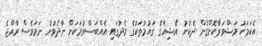
އެކަމަކު މަޝްވަރާކޮށްގެން ދެކުނު އޭޝިއާގެ ގައުމުތަކުގެ މެދުގައި އެއްބަސްވުމަކަށް ނާދެވުނު ނަމަވެސް ރާއްޖެ